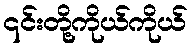
၎င်းတို့ကိုယ်ကိုယ်